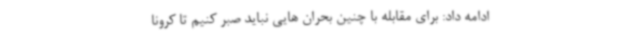
ادامه داد: برای مقابله با چنین بحران هایی نباید صبر کنیم تا کرونا